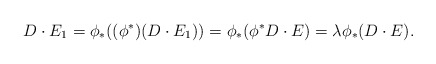
\begin{align*}D \cdot E_1 = \phi_\ast((\phi^\ast)(D \cdot E_1)) = \phi_\ast(\phi^\ast D \cdot E) = \lambda \phi_\ast(D \cdot E).\end{align*}